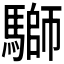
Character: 𩥐